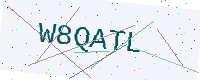
Text: W8QATL